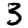
Digit: 3